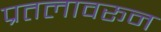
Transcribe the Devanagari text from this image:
प्रतलावरून